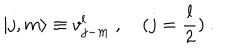
\vert j , m \rangle \equiv v _ { j - m } ^ { l } ~ , ~ ( j = \frac { l } { 2 } ) ~ .